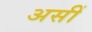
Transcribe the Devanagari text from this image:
असीं